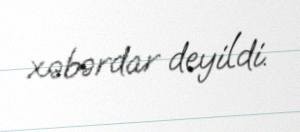
xəbərdar deyildi.